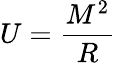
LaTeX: U={\frac{M^{2}}{R}}